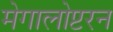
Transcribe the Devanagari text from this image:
मेगालोप्टरन